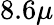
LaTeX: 8.6\mu